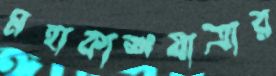
মহাকাশযাত্রার